Note on the mental hospitals in Burma - 1925-1940
Year: 1925
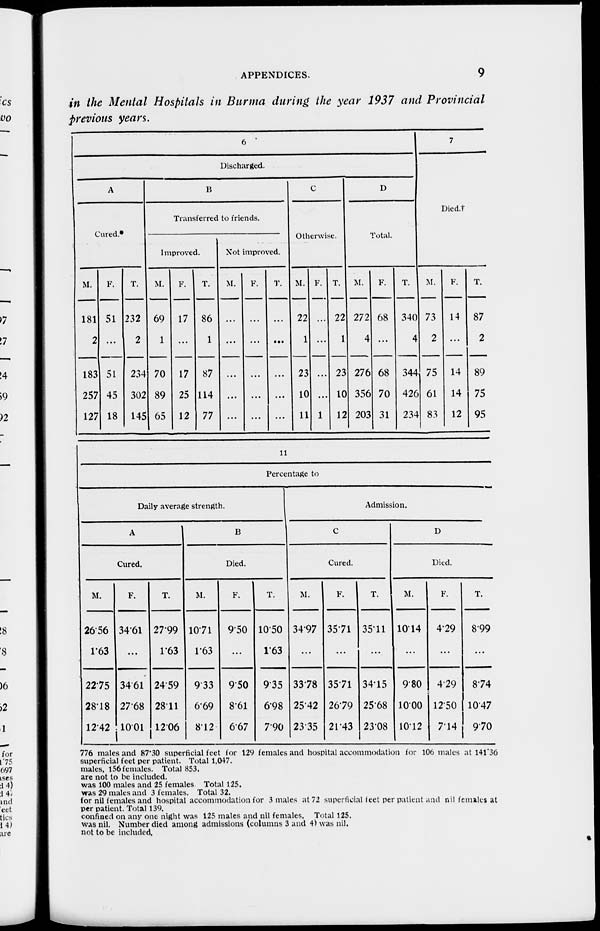
APPENDICES.
9
in the Mental Hospitals in Burma during the year 1937 and Provincial
previous years.
6
Discharged.
A
Cured.
M.
181
2
183
257
127
F.
51
...
51
45
18
T.
232
2
234
302
145
B
Transferred to friends.
Improved.
M.
69
1
70
89
65
F.
17
...
17
25
12
T.
86
1
87
114
77
Not improved.
M.
...
...
...
...
...
F.
...
...
...
...
...
T.
...
...
...
...
...
C
Otherwise.
M.
22
1
23
10
11
F.
...
...
...
...
1
T.
22
1
23
10
12
D
Total.
M.
272
4
276
356
203
F.
68
...
68
70
31
T.
340
4
344
426
234
7
Died.
M.
73
2
75
61
83
F.
14
...
14
14
12
T.
87
2
89
75
95
11
Percentage to
Daily average strength.
A
Cured.
M.
26.56
1.63
22.75
28.18
12.42
F.
34.61
...
34.61
27.68
10.01
T.
27.99
1.63
24.59
28.11
12.06
B
Died.
M.
10.71
1.63
9.33
6.69
8.12
F.
9.50
...
9.50
8.61
6.67
T.
10.50
1.63
9.35
6.98
7.90
Admission.
C
Cured.
M.
34.97
...
33.78
25.42
23.35
F.
35.71
...
35.71
26.79
21.43
T.
35.11
...
34.15
25.68
23.08
D
Died.
M.
10.14
...
9.80
10.00
10.12
F.
4.29
...
4.29
12.50
7.14
T.
8.99
...
8.74
10.47
9.70
776 males and 87.30 superficial feet for 129 females and hospital accommodation for 106 males at 141.36
superficial feet per patient. Total 1.047.
males, 156 females. Total 853.
are not to be included.
was 100 males and 25 females. Total 125.
was 29 males and 3 females. Total 32.
for nil females and hospital accommodation for 3 males at 72 superficial feet per patient and nil females at
per patient. Total 139.
confined on any one night was 125 males and nil females. Total 125.
was nil. Number died among admissions (columns 3 and 4) was nil.
not to be included.